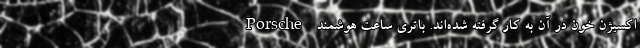
اکسیژن خون در آن به کار گرفته شده‌اند. باتری ساعت هوشمند Porsche